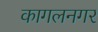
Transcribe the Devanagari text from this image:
कागलनगर